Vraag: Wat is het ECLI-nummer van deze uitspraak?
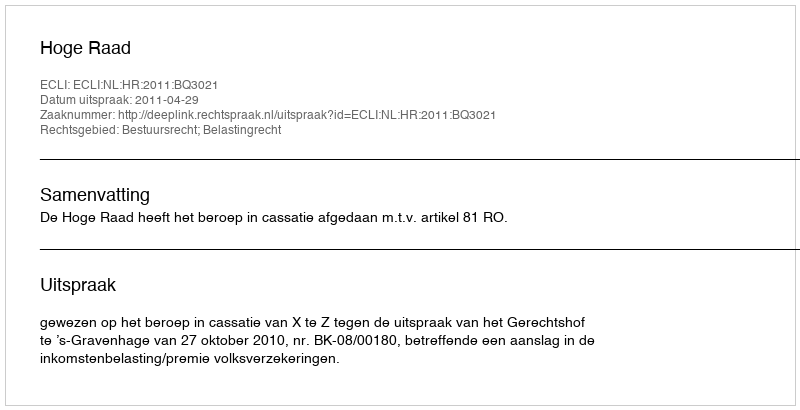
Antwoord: ECLI:NL:HR:2011:BQ3021